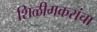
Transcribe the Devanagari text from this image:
शिळीमकरांचा